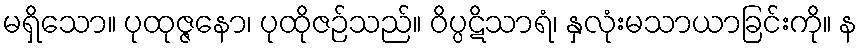
မရှိသော။ ပုထုဇ္ဇနော၊ ပုထိုဇဉ်သည်။ ဝိပ္ပဋိသာရံ၊ နှလုံးမသာယာခြင်းကို။ န